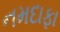
નમદાફા